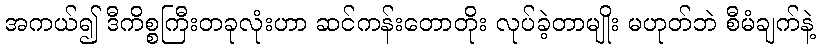
အကယ်၍ ဒီကိစ္စကြီးတခုလုံးဟာ ဆင်ကန်းတောတိုး လုပ်ခဲ့တာမျိုး မဟုတ်ဘဲ စီမံချက်နဲ့